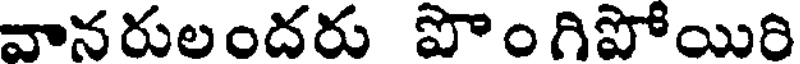
వానరులందరు పొం గిపోయిరి